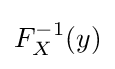
F_{X}^{-1}(y)